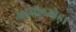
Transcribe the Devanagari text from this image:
आवलखेड़ा